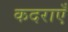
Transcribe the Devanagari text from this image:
कदराएँ